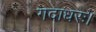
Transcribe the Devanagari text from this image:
गदाधरः।